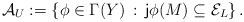
LaTeX: \begin{align*}{\cal A}_U:=\left\{\phi\in\Gamma(Y)\,:\, {\sf j}\phi(M)\subseteq \mathcal{E}_L \right\}.\end{align*}